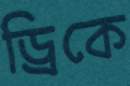
ড্রিকে